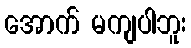
အောက် မကျပါဘူး